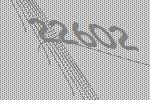
22602